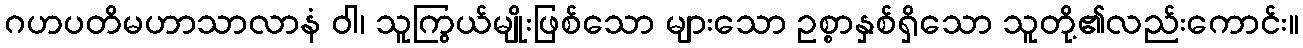
ဂဟပတိမဟာသာလာနံ ဝါ၊ သူကြွယ်မျိုးဖြစ်သော များသော ဥစ္စာနှစ်ရှိသော သူတို့၏လည်းကောင်း။